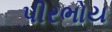
પીરભોય